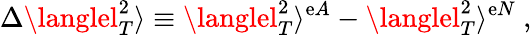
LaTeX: \Delta\langlel_{T}^{2}\rangle\equiv\langlel_{T}^{2}\rangle^{\mathrm{e}A}-\langlel_{T}^{2}\rangle^{\mathrm{e}N}\ ,